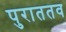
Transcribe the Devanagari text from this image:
पुराततव